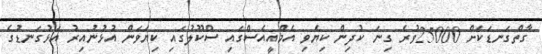
ގާތްގަނޑަކަށް 25000ވުރެ ގިނަ ކުދިން ކިޔެވި އެމްއީއެސްގައި ސްކޫލުގައި ކިޔަވަން އުޅުނުއިރު އަޅުގަނޑުގެ